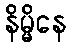
နိမ္မိနေ